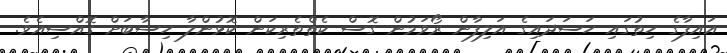
އައިފާގެ ހިތުގައި ހަސަދައިގެ އަލިފާން ރޯވަމުން ގޮސް ކެތްތެރިކަން ކޮޅުންލާ ހިސާބަށް ގޮއްސިއެވެ.